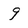
Character: 9